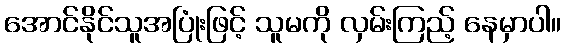
အောင်နိုင်သူအပြုံးဖြင့် သူမကို လှမ်းကြည့် နေမှာပါ။